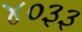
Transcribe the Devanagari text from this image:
४०३३